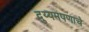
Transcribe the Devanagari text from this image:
दुय्यमपणाचे